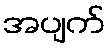
အပျက်